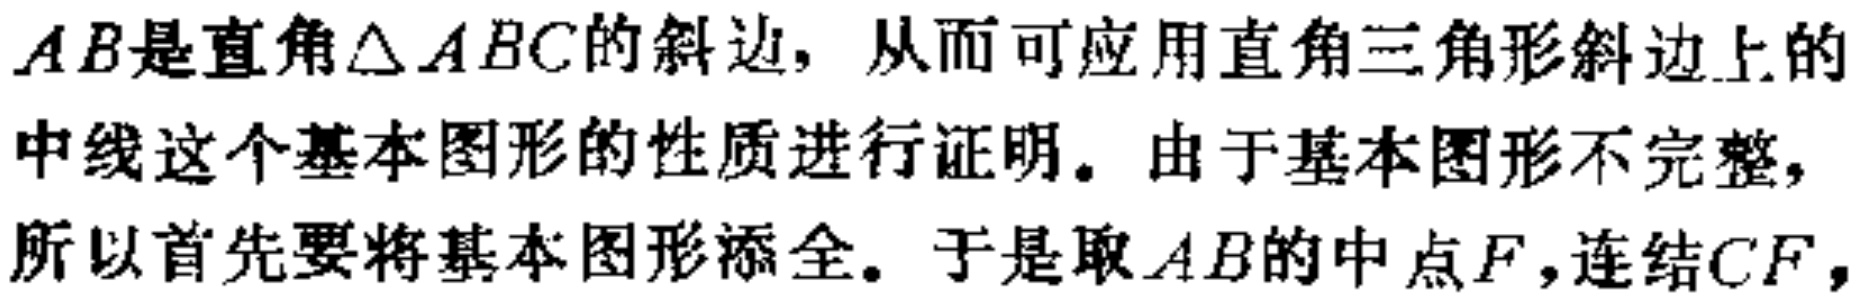
\(AB是直角\triangle ABC的斜边，从而可应用直角三角形斜边上的\)

\(中线这个基本图形的性质进行证明。由于基本图形不完整，\)

\(所以首先要将基本图形添全。于是取AB的中点F，连结CF，\)